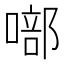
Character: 𭊘